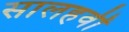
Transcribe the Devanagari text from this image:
सालहवीं